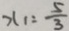
x _ { 1 } = \frac { 5 } { 3 }